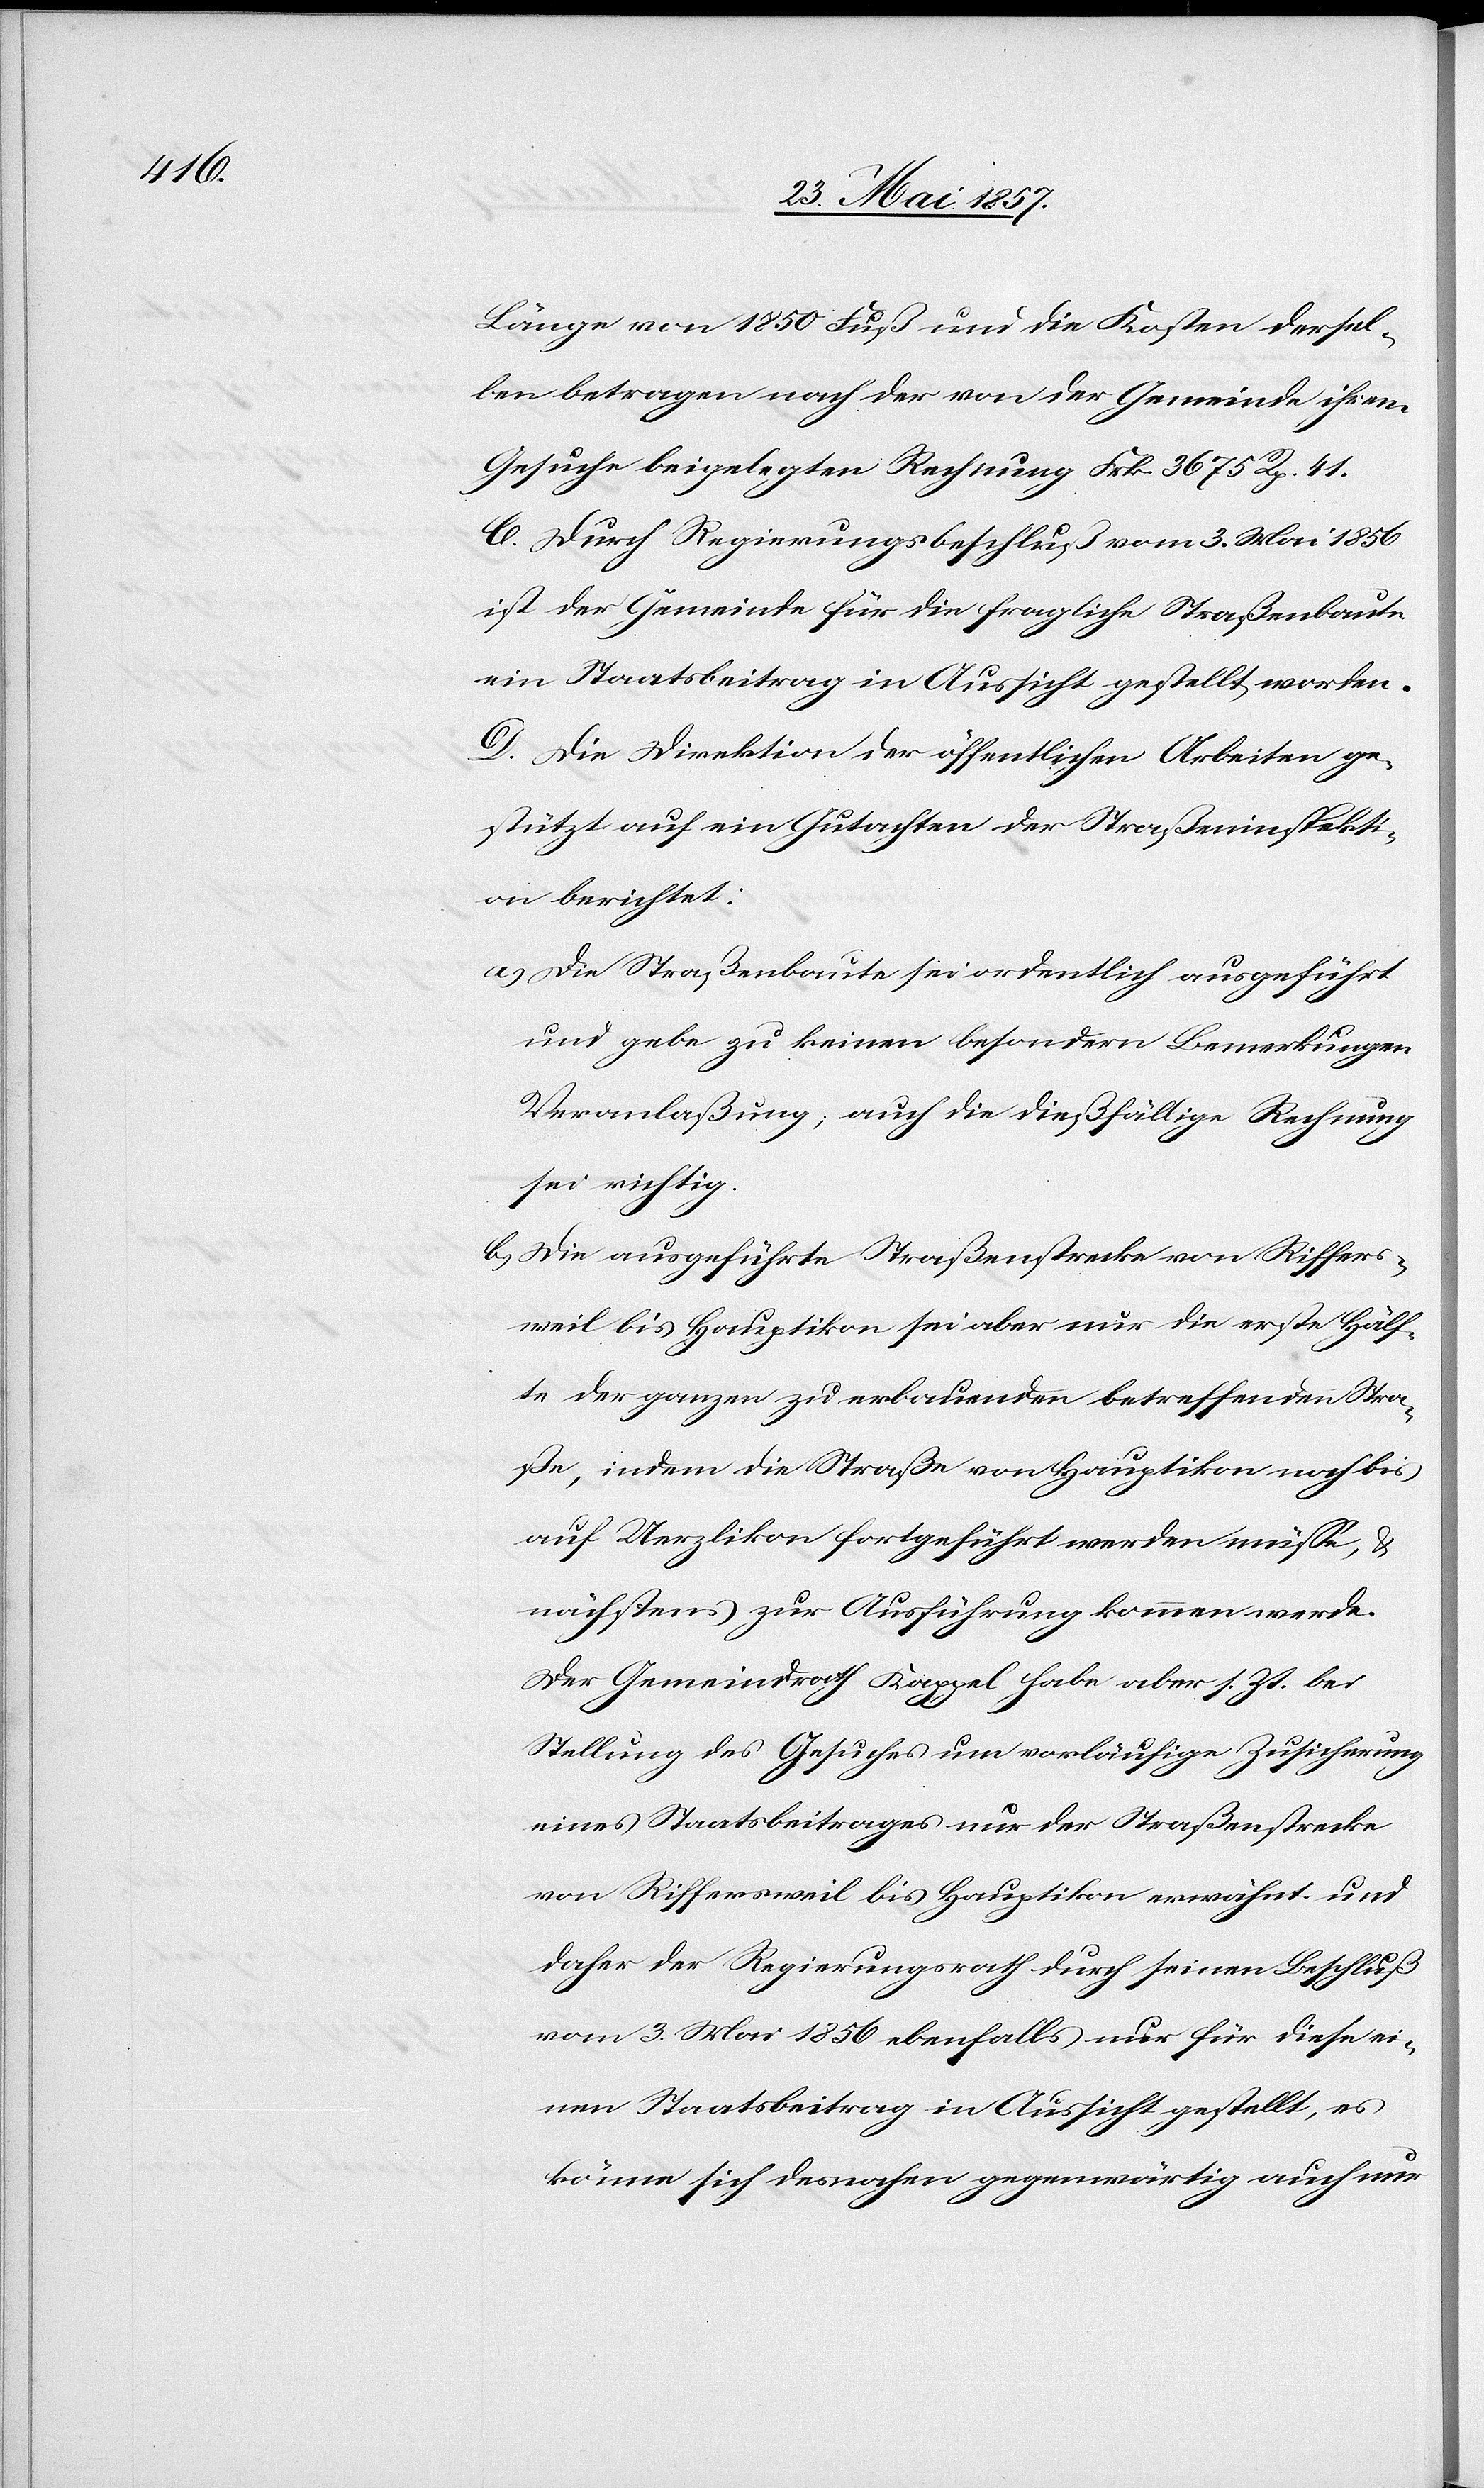
Länge von 1850 Fuß und die Kosten dersel¬
ben betragen nach der von der Gemeinde ihrem
Gesuche beigelegten Rechnung Frk. 3675 Rp. 41.
C. Durch Regierungsbeschluß vom 3 Mai 1856
ist der Gemeinde für die fragliche Straßenbaute
ein Staatsbeitrag in Aussicht gestellt worden.
D. Die Direktion der öffentlichen Arbeiten ge¬
stützt auf ein Gutachten der Straßeninspekti¬
on berichtet:
a) Die Straßenbaute sei ordentlich ausgeführt
und gebe zu keinen besondern Bemerkungen
Veranlaßung, auch die dießfällige Rechnung
sei richtig.
b.) Die ausgeführte Straßenstrecke von Riffers¬
weil bis Hauptikon sei aber nur die erste Hälf¬
te der ganzen zu erbauenden betreffenden Stra¬
ße, indem die Straße von Hauptikon noch bis
auf Uerzlikon fortgeführt werden müsse, &
nächstens zur Ausführung kommen werde.
Der Gemeindrath Kappel habe aber s. Zt. bei
Stellung des Gesuches um vorläufige Zusicherung
eines Staatsbeitrages nur der [sic!] Straßenstrecke
von Riffersweil bis Hauptikon erwähnt und
daher der Regierungsrath durch seinen Beschluß
vom 3 Mai 1856 ebenfalls nur für diese ei¬
nen Staatsbeitrag in Aussicht gestellt, es
könne sich desnahen gegenwärtig auch nur